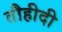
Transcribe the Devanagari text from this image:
तौहीदी